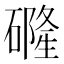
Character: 𱴶